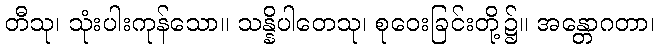
တီသု၊ သုံးပါးကုန်သော။ သန္နိပါတေသု၊ စုဝေးခြင်းတို့၌။ အန္တောဂတာ၊